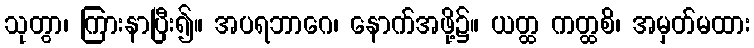
သုတွာ၊ ကြားနာပြီး၍။ အပရဘာဂေ၊ နောက်အဖို့၌။ ယတ္ထ ကတ္ထစိ၊ အမှတ်မထား